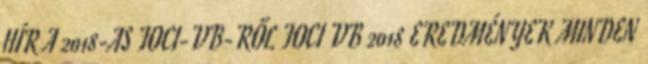
HÍR A 2018-AS FOCI-VB-RŐL FOCI VB 2018 EREDMÉNYEK MINDEN